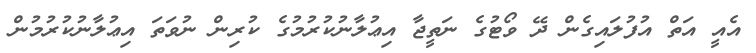
އެއީ އަތް އުފުލައިގެން ދޭ ވޯޓުގެ ނަތީޖާ އިޢުލާނުކުރުމުގެ ކުރިން ނުވަތަ އިޢުލާނުކުރުމުން